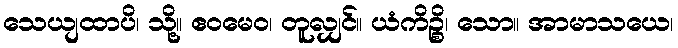
သေယျထာပိ၊ သို့။ ဧဝမေဝ၊ တူလျှင်။ ယံကိဉ္စိ၊ သော။ အာမာသယေ၊